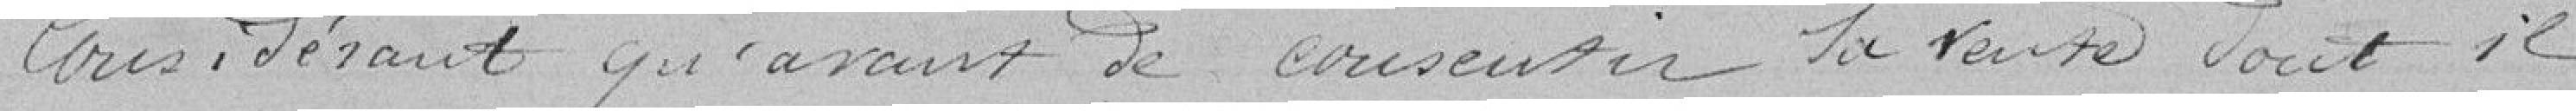
Considérant qu'avant de consentir la vente dont il